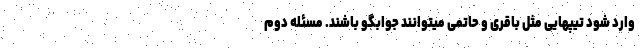
وارد شود تیپهایی مثل باقری و حاتمی میتوانند جوابگو باشند. مسئله دوم